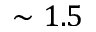
\sim 1 . 5